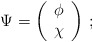
\begin{align*}\Psi=\left(\begin{array}{cc}\phi\\ \chi\\ \end{array}\right)\,;\end{align*}